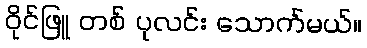
ဝိုင်ဖြူ တစ် ပုလင်း သောက်မယ်။